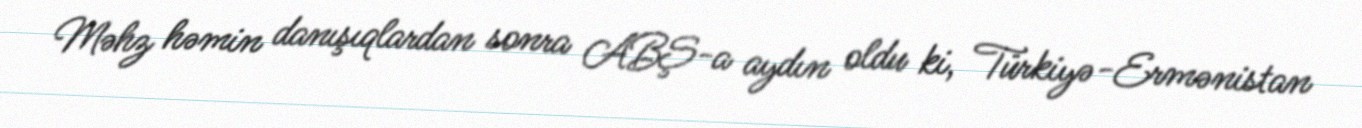
Məhz həmin danışıqlardan sonra ABŞ-a aydın oldu ki, Türkiyə-Ermənistan